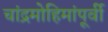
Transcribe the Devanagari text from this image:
चांद्रमोहिमांपूर्वी